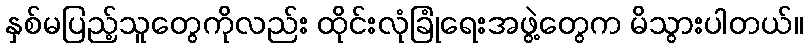
နှစ်မပြည့်သူတွေကိုလည်း ထိုင်းလုံခြုံရေးအဖွဲ့တွေက မိသွားပါတယ်။